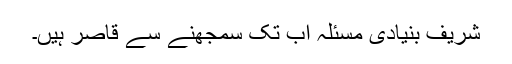
شریف بنیادی مسئلہ اب تک سمجھنے سے قاصر ہیں۔